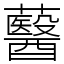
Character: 鿀